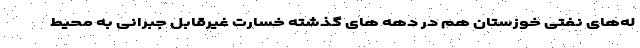
له‌های نفتی خوزستان هم در دهه های گذشته خسارت غیرقابل جبرانی به محیط